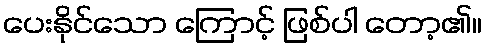
ပေးနိုင်သော ကြောင့် ဖြစ်ပါ တော့၏။